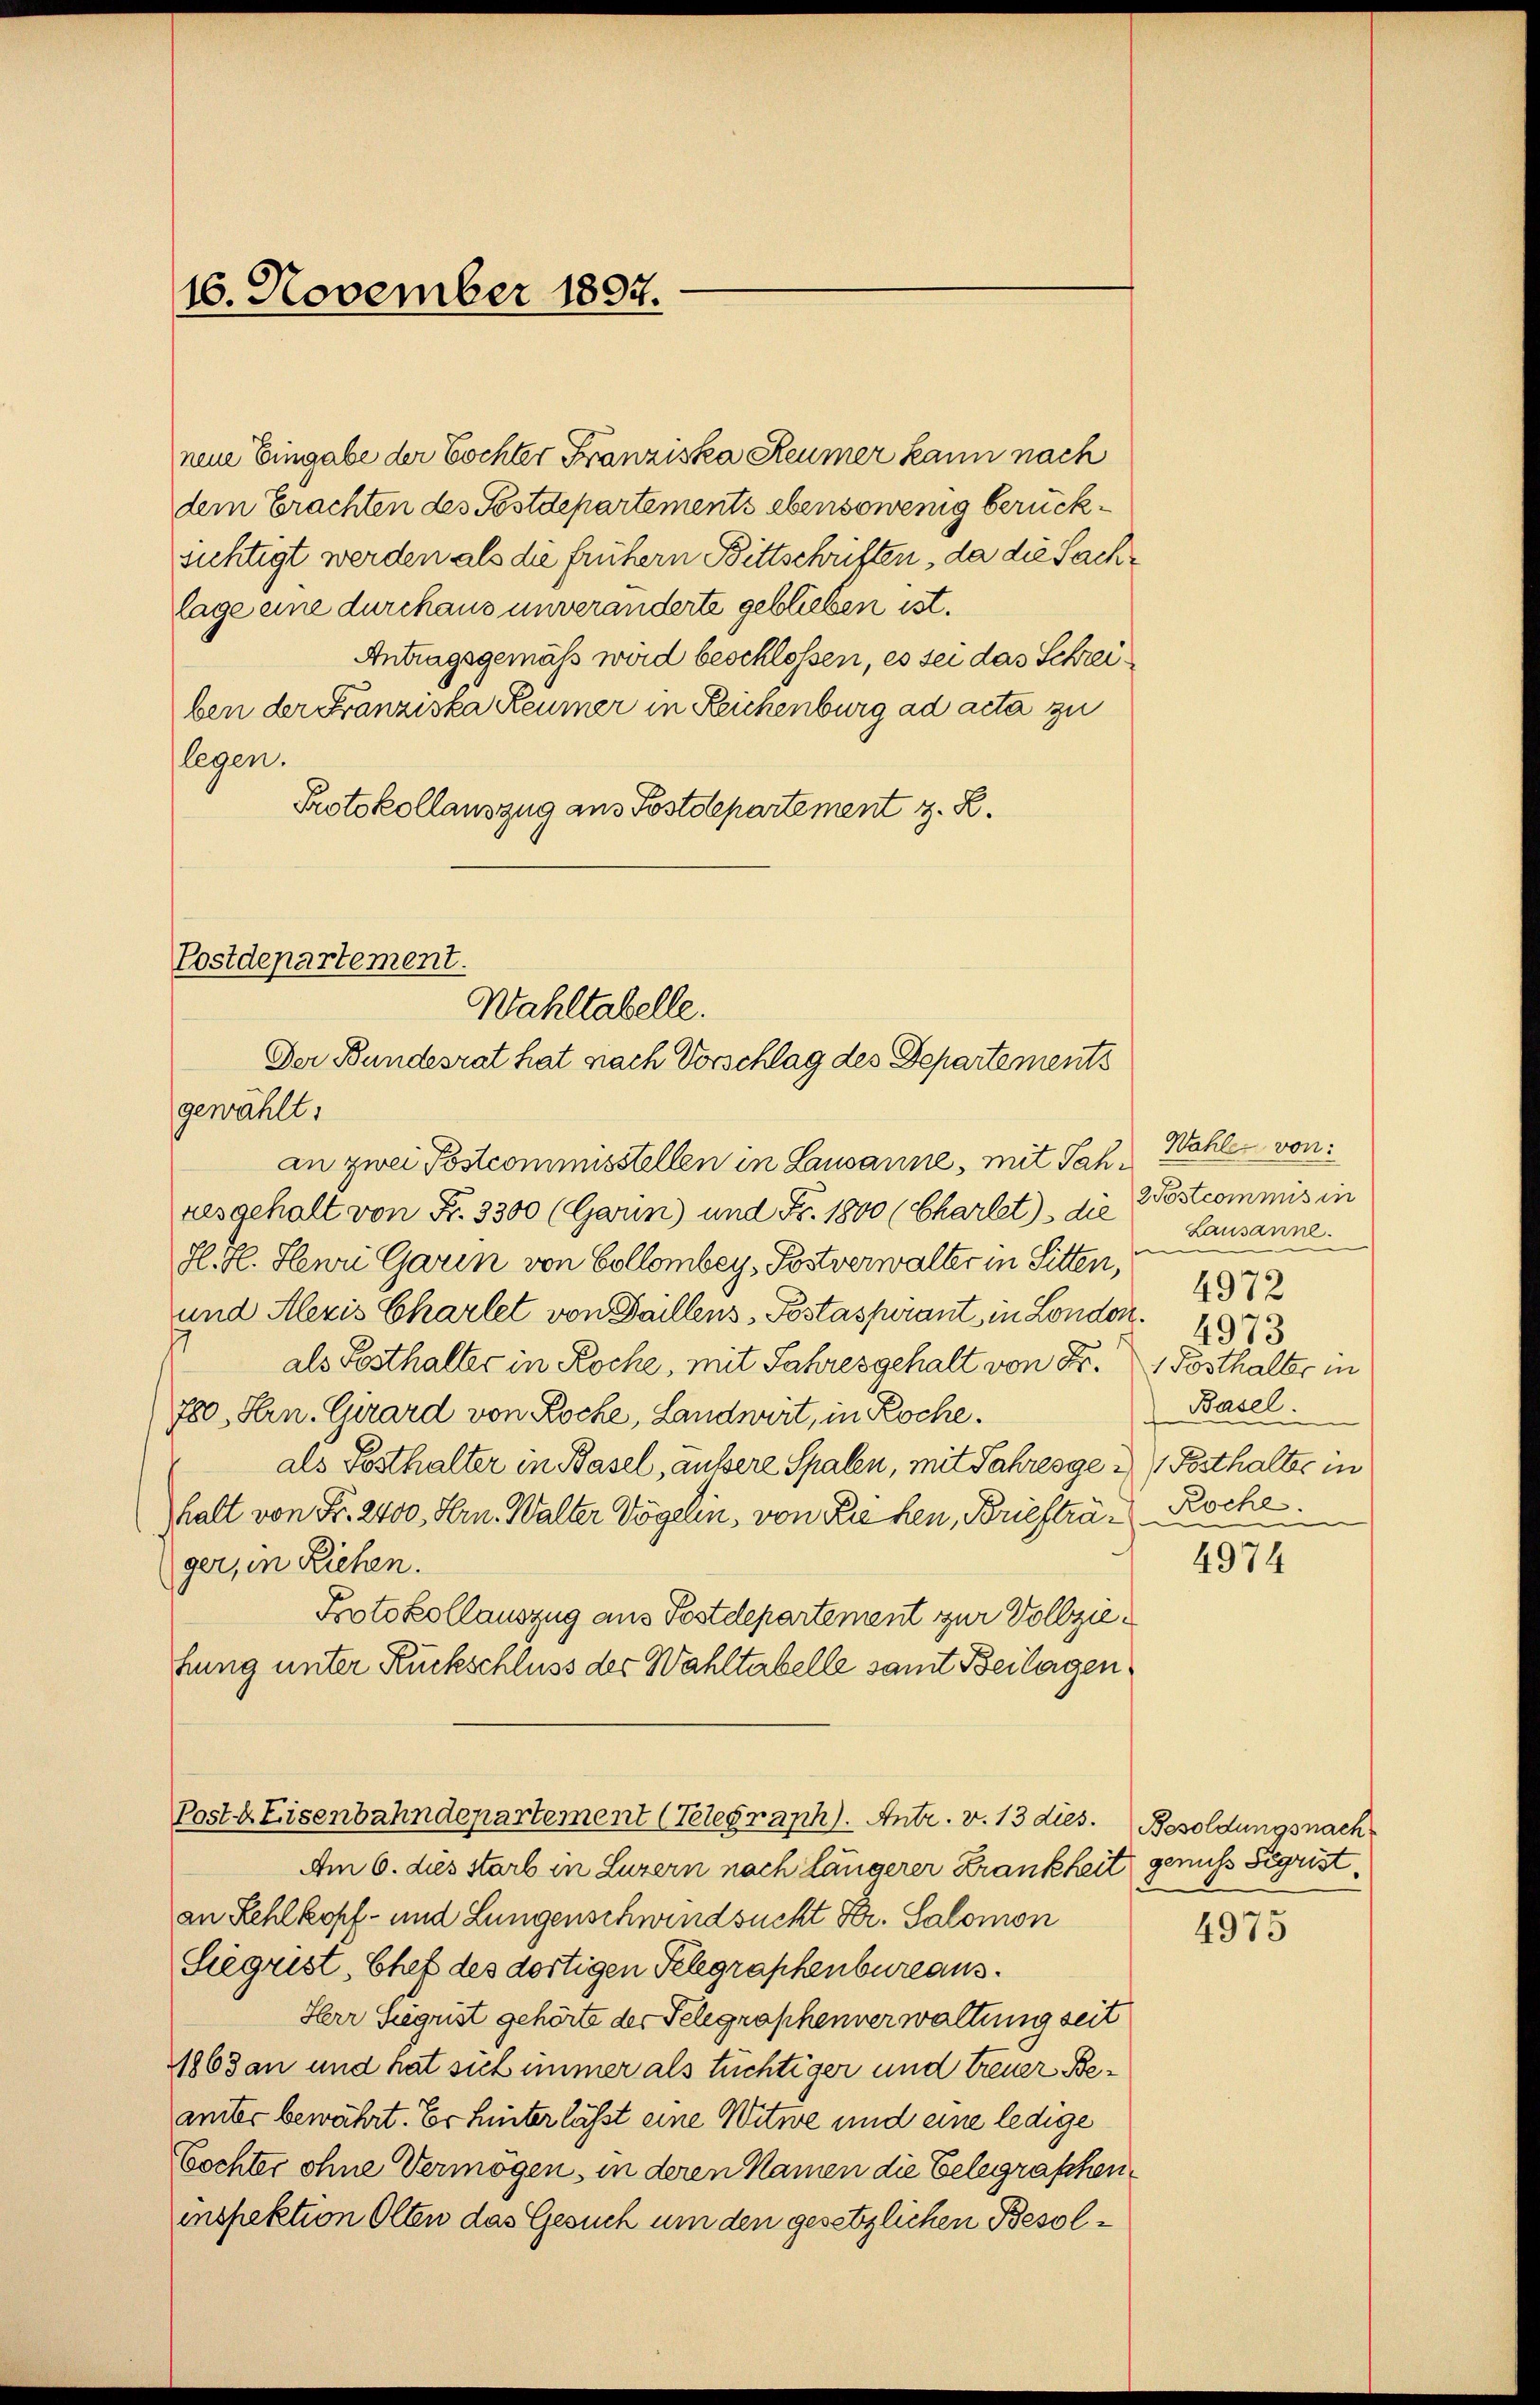
neue Eingabe der Tochter Franziska Reumer kann nach
dem Erachten des Postdepartements ebensowenig berücksichtigt werden als die frühern Bittschriften, da die Sachlage eine durchaus unveränderte geblieben ist.
Antragsgemäß wird beschlossen, es sei das Schreiben der Franziska Reumer in Reichenburg ad acta zu
legen.
Protokollauszug aus Postdepartement z. B.

16. November 1897.

Postdepartement.
Wahltabelle.
Der Bundesrat hat nach Vorschlag des Departements
gewählt:

an zwei Postcommisstellen in Lausanne, mit Jahresgehalt von Fr. 3300 (Gerin) und Fr. 1800 (Charlet) die
H. H. Herr Garin von Collombey, Postverwalter in Sitten,
und Alezis Charlet von Baillens, Postaspirant in London. 1873
als Festhalter in Koche, mit Jahresgehalt von Fr. 1 Posthalter in
780, Hrn. Girard von Rocke, Landwirt, in Koche.
als Posthalter in Basel, außere Spalen, mit Jahresge / Posthalter in
halt von Fr. 2400. Hrn. Walter Vögelin, von Riehen, Briefträ- Roche.
ger, in Ziehen.
Protokollauszug aus Festdepartement zur Vollziehung unter Rückschluss des Wahltabelle samt Beilagen
Post. Eisenbahndepartement (Telegraph). Antr. v. 13 dies. Besoldungsnach
Am 6. dies starb in Luzern nach längerer Krankheit genuss Sigristan Kehlkopf- und Lungenschwindsucht Fr. Salomon
Siegrist, Chef des dortigen Telegraphenbureaus.
Herr Sigrist gehörte der Telegraphenverwaltung seit
1863 an und hat sich immer als tüchtiger und Treuer Beamter bewährt. Er hinter lässt eine Witwe und eine ledige
Bochter ohne Vermögen, in deren Namen die Gelegraschen
inspektion Olten das Gesuch um den gesetzlichen Besol¬

Wahlen von:
2 Postcommis in
Lausanne.
Basel.

4972

4974

4975